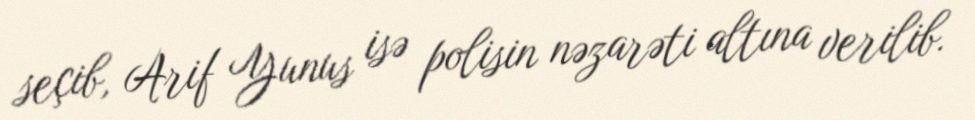
seçib, Arif Yunus isə polisin nəzarəti altına verilib.